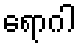
ရောဂါ